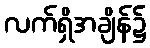
လက်ရှိအချိန်၌